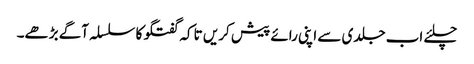
چلئے اب جلدی سے اپنی رائے پیش کریں تاکہ گفتگو کا سلسلہ آگے بڑھے۔